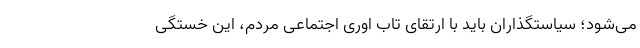
می‌شود؛ سیاستگذاران باید با ارتقای تاب اوری اجتماعی مردم، این خستگی